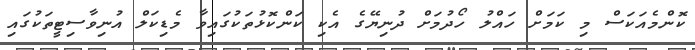
ކޮންމެއަކަސް މި ކަމަށް ހައްލު ހޯދުމަށް ދުނިޔޭގެ އެކި ކަންކޮޅުތަކުގައިވާ މެޑިކަލް އުނިވާސިޓީތަކުގައި